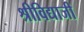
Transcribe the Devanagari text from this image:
श्रीविद्याजी